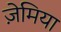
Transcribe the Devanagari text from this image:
ज़ेमिया